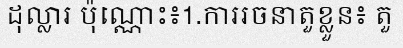
ដុល្លារ ប៉ុណ្ណោះ៖1.ការរចនាតួខ្លួន៖ តួ